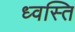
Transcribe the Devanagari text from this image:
ध्वस्ति